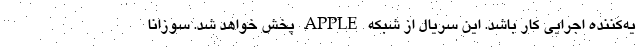
یه‌کننده اجرایی کار باشد. این سریال از شبکه APPLE پخش خواهد شد. سوزانا